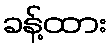
ခန့်ထား